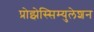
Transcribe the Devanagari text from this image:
प्रोझेस्सिम्युलेशन